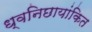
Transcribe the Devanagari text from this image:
ध्वनिछायांकित